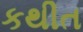
કથીત